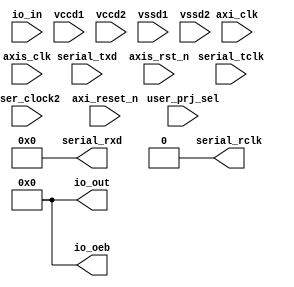
// This code snippet was auto generated by xls2vlog.py from source file: /home/patrick/Downloads/Interface-Definition.xlsx
// User: patrick
// Date: Jun-15-23



module MPRJ_IO #( parameter pADDR_WIDTH   = 12,
                  parameter pDATA_WIDTH   = 32
                )
(
  output wire  [15: 0] serial_rxd,
  output wire          serial_rclk,
  input  wire   [4: 0] user_prj_sel,
  input  wire  [15: 0] serial_txd,
  input  wire          serial_tclk,
  input  wire  [37: 0] io_in,
  input  wire          vccd1,
  input  wire          vccd2,
  input  wire          vssd1,
  input  wire          vssd2,
  output wire  [37: 0] io_out,
  output wire  [37: 0] io_oeb,
  input  wire          user_clock2,
  input  wire          axi_clk,
  input  wire          axi_reset_n,
  input  wire          axis_clk,
  input  wire          axis_rst_n
);


assign serial_rxd    = 16'b0;
assign serial_rclk   = 1'b0;
assign io_out        = 38'b0;
assign io_oeb        = 38'b0;


endmodule // MPRJ_IO